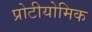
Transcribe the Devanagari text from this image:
प्रोटीयोमिक